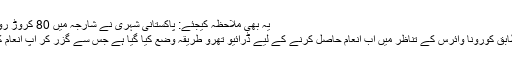
یہ بھی ملاحظہ کیجئے: پاکستانی شہری نے شارجہ میں 80 کروڑ روپے کی لاٹری جیت لی
ایکسپریس نیوز کے مطابق کورونا وائرس کے تناظر میں اب انعام حاصل کرنے کے لیے ڈرائیو تھرو طریقہ وضع کیا گیا ہے جس سے گزر کر آپ انعام کا دعویٰ کر سکتے ہیں۔